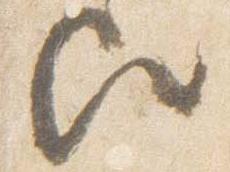
歟